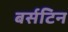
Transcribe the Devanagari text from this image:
बर्सटिन